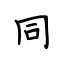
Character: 同